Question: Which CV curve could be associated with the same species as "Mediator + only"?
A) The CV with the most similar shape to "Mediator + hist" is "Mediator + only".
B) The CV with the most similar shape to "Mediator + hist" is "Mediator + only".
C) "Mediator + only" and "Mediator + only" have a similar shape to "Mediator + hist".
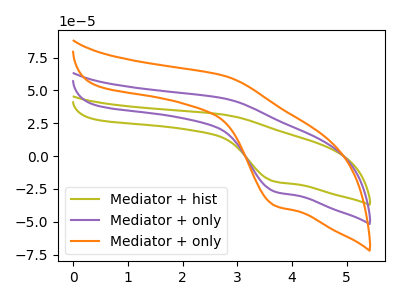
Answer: <think>The olive curve "Mediator + hist" has an anodic peak at (2.75V, 31.45uA) and a cathodic peak at (3.70V, -19.40uA). The purple curve "Mediator + only" has an anodic peak at (2.75V, 43.85uA) and a cathodic peak at (3.70V, -27.05uA). The orange curve "Mediator + only" has an anodic peak at (2.75V, 87.65uA) and a cathodic peak at (3.70V, -54.05uA).
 All the peaks in "Mediator + hist" have a peak in "Mediator + only" at the same potential. Every peak in "Mediator + hist" is lower than every peak in "Mediator + only". All the peaks in "Mediator + hist" have a peak in "Mediator + only" at the same potential. Every peak in "Mediator + hist" is lower than every peak in "Mediator + only". All the peaks in "Mediator + only" have a peak in "Mediator + only" at the same potential. Every peak in "Mediator + only" is lower than every peak in "Mediator + only".</think>
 <answer>C) "Mediator + only" and "Mediator + only" have a similar shape to "Mediator + hist".</answer>
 <eval>C</eval>